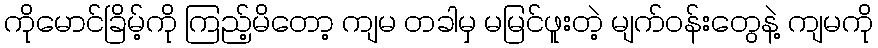
ကိုမောင်ခြိမ့်ကို ကြည့်မိတော့ ကျမ တခါမှ မမြင်ဖူးတဲ့ မျက်ဝန်းတွေနဲ့ ကျမကို